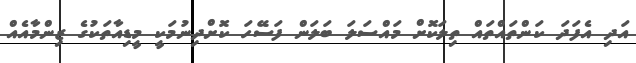
އަދި އެފަދަ ކަންތައްތައް ތިލަކޮށް މައްސަލަ ބަލަން ފަސޭހަ ކޮށްދިނުމަކީ މީޑިއާތަކުގެ ޒިންމާއެއް